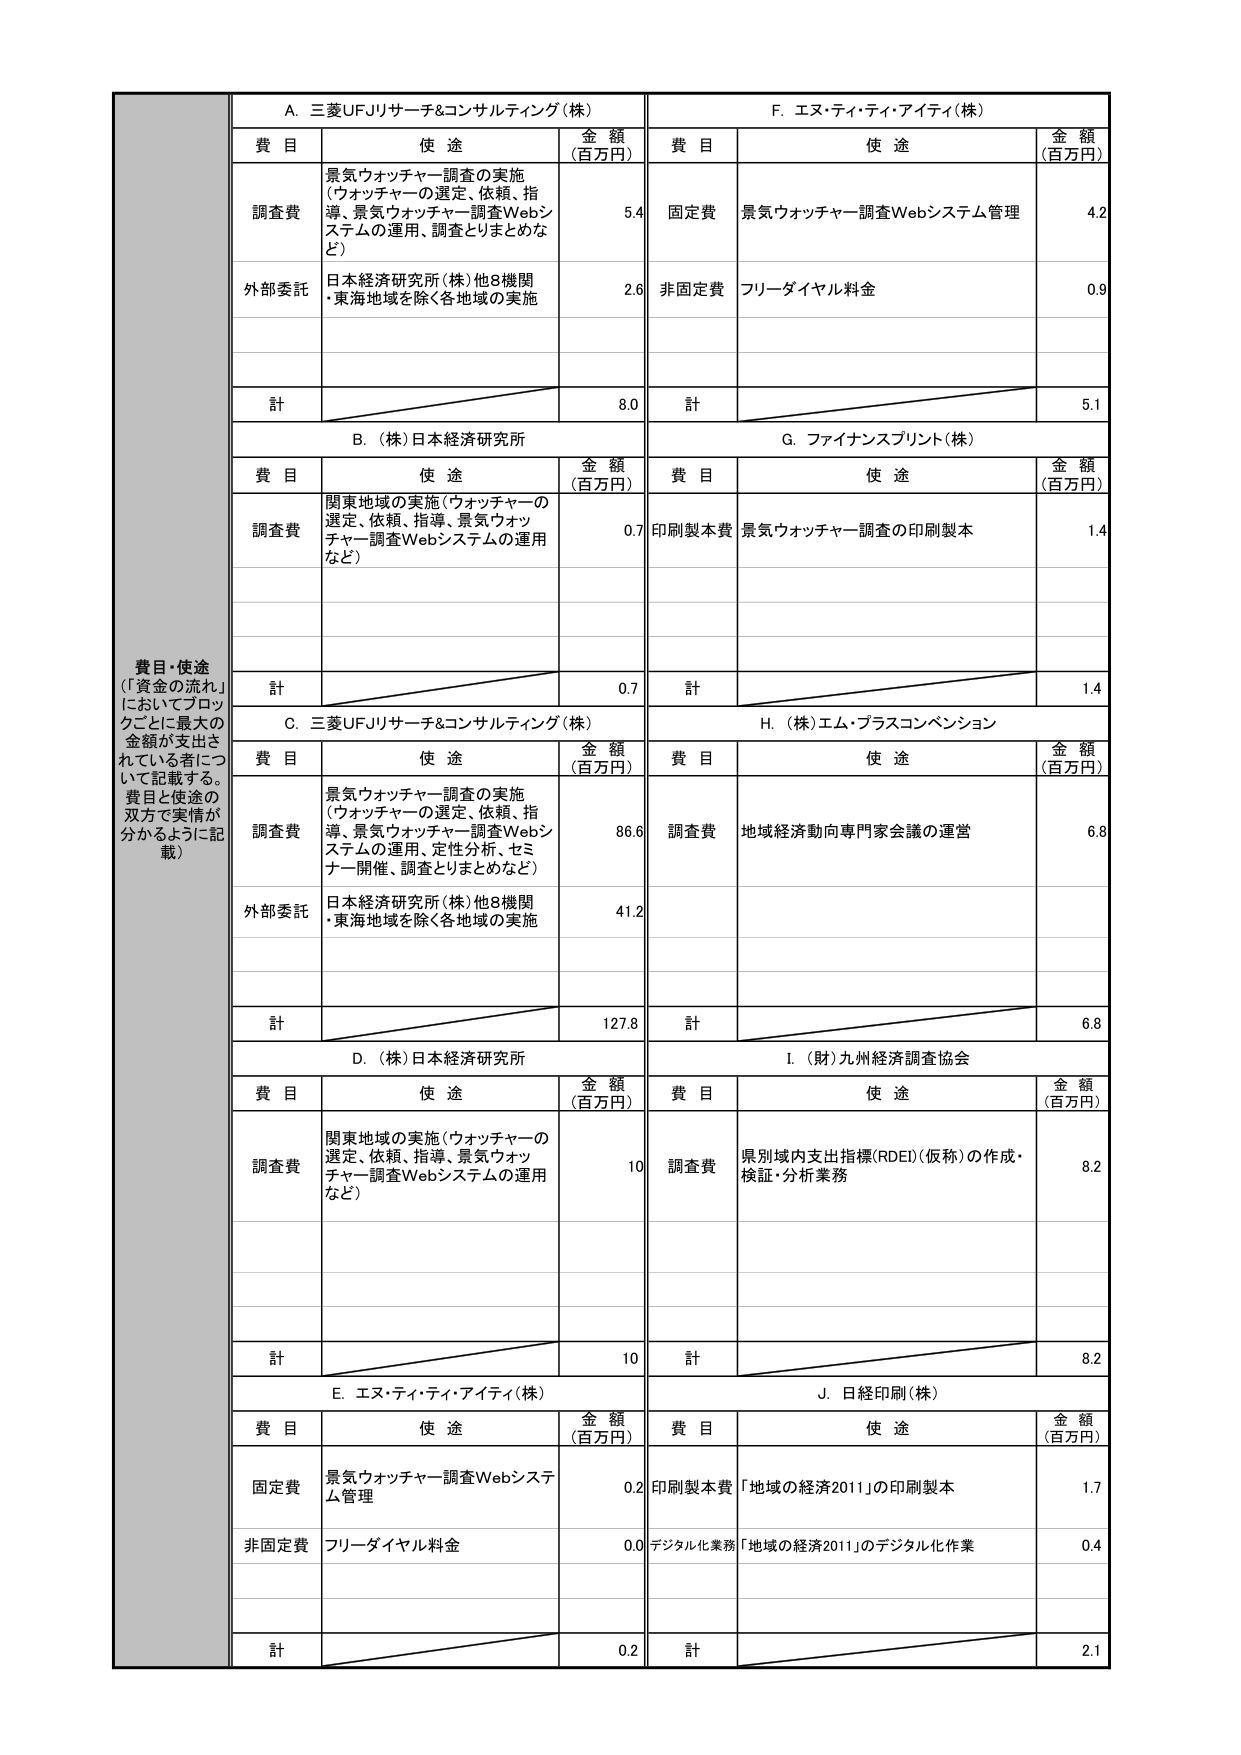
費目・使途
（「資金の流れ」においてブロックごとに最大の金額が支出されている者について記載する。費目と使途の双方で実情が分かるように記載）

A. 三菱UFJリサーチ&コンサルティング（株）
費目　使途　金額（百万円）
調査費　景気ウォッチャー調査の実施（ウォッチャーの選定、依頼、指導、景気ウォッチャー調査Webシステムの運用、調査とりまとめなど）　5.4
外部委託　日本経済研究所（株）他8機関・東海地域を除く各地域の実施　2.6
計　8.0

B. （株）日本経済研究所
費目　使途　金額（百万円）
調査費　関東地域の実施（ウォッチャーの選定、依頼、指導、景気ウォッチャー調査Webシステムの運用など）　0.7
計　0.7

C. 三菱UFJリサーチ&コンサルティング（株）
費目　使途　金額（百万円）
調査費　景気ウォッチャー調査の実施（ウォッチャーの選定、依頼、指導、景気ウォッチャー調査Webシステムの運用、定性分析、セミナー開催、調査とりまとめなど）　86.6
外部委託　日本経済研究所（株）他8機関・東海地域を除く各地域の実施　41.2
計　127.8

D. （株）日本経済研究所
費目　使途　金額（百万円）
調査費　関東地域の実施（ウォッチャーの選定、依頼、指導、景気ウォッチャー調査Webシステムの運用など）　10
計　10

E. エヌ・ティ・ティ・アイティ（株）
費目　使途　金額（百万円）
固定費　景気ウォッチャー調査Webシステム管理　0.2
非固定費　フリーダイヤル料金　0.0
計　0.2

F. エヌ・ティ・ティ・アイティ（株）
費目　使途　金額（百万円）
固定費　景気ウォッチャー調査Webシステム管理　4.2
非固定費　フリーダイヤル料金　0.9
計　5.1

G. ファイナンスプリント（株）
費目　使途　金額（百万円）
印刷製本費　景気ウォッチャー調査の印刷製本　1.4
計　1.4

H. （株）エム・プラスコンベンション
費目　使途　金額（百万円）
調査費　地域経済動向専門家会議の運営　6.8
計　6.8

I. （財）九州経済調査協会
費目　使途　金額（百万円）
調査費　県別域内支出指標（RDEI）（仮称）の作成・検証・分析業務　8.2
計　8.2

J. 日経印刷（株）
費目　使途　金額（百万円）
印刷製本費　「地域の経済2011」の印刷製本　1.7
デジタル化業務　「地域の経済2011」のデジタル化作業　0.4
計　2.1